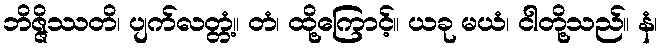
ဘိဇ္ဇိဿတိ၊ ပျက်လတ္တံ့။ တံ၊ ထို့ကြောင့်။ ယခု မယံ၊ ငါတို့သည်။ နံ၊